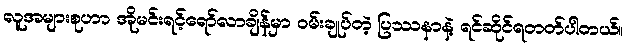
လူအများစုဟာ အိုမင်းရင့်ရော်လာချိန်မှာ ဝမ်းချုပ်တဲ့ ပြဿနာနဲ့ ရင်ဆိုင်ရတတ်ပါတယ်။